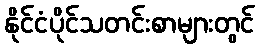
နိုင်ငံပိုင်သတင်းစာများတွင်